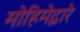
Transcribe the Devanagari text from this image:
मोहिमेद्वारे